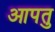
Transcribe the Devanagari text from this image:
आपतु